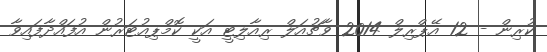
ކުރިން - 12 އޭޕްރިލް 2014 ވާޗުއަލް ރިއާލިޓީ އަކީ ކޮމްޕިއުޓަރުން އުފައްދާފައިވާ